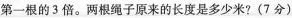
第一根的3倍。两根绳子原来的长度是多少米?(7分)